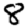
Digit: 8